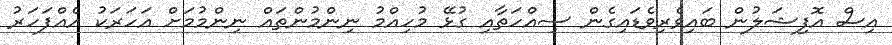
އިސް އޮފިޝަލުން ބައިވެރިވެޑައިގެން ސިއްހަތާއި ގުޅޭ މުހިއްމު ނިންމުންތައް ނިންމުމަށް އަހަރަކު އެއްފަހަރު